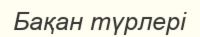
Бақан түрлері